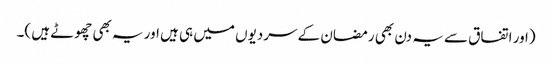
(اور اتفاق سے یہ دن بھی رمضان کے سردیوں میں ہی ہیں اور یہ بھی چھوٹے ہیں )۔